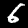
Label: 6